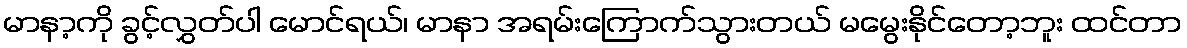
မာနာ့ကို ခွင့်လွှတ်ပါ မောင်ရယ်၊ မာနာ အရမ်းကြောက်သွားတယ် မမွေးနိုင်တော့ဘူး ထင်တာ